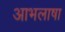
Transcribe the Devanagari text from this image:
आभलाषा